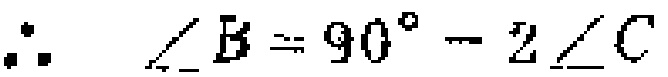
\(\therefore \angle B = 90^{\circ}- 2\angle C\)